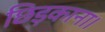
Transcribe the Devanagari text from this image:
छिड़काना।